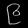
Digit: ၉